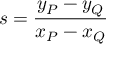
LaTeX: s = { \frac { y _ { P } - y _ { Q } } { x _ { P } - x _ { Q } } }